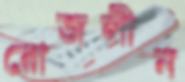
রোজলীন